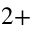
^ { 2 + }